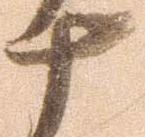
十